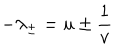
LaTeX: - \lambda _ { \pm } = u \pm \frac { 1 } { v }